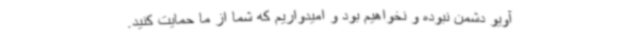
آویو دشمن نبوده و نخواهیم بود و امیدواریم که شما از ما حمایت کنید.